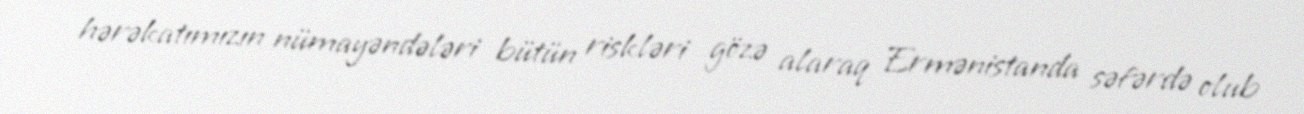
hərəkatımızın nümayəndələri bütün riskləri gözə alaraq Ermənistanda səfərdə olub